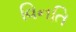
વિનતિ